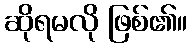
ဆိုရမလို ဖြစ်၏။